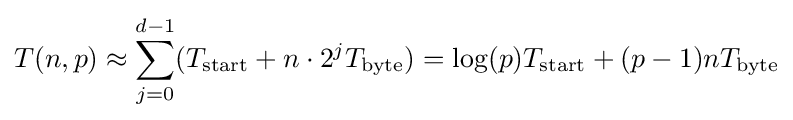
T(n,p)\approx \sum _{j=0}^{d-1}(T_{\text{start}}+n\cdot 2^{j}T_{\text{byte}})=\log(p)T_{\text{start}}+(p-1)nT_{\text{byte}}